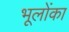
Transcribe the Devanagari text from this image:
भूलोंका